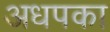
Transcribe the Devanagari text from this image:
अधपका